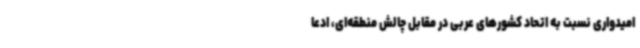
امیدواری نسبت به اتحاد کشورهای عربی در مقابل چالش‌ منطقه‌ای، ادعا